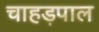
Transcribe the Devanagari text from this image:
चाहड़पाल